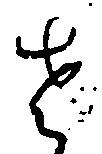
左